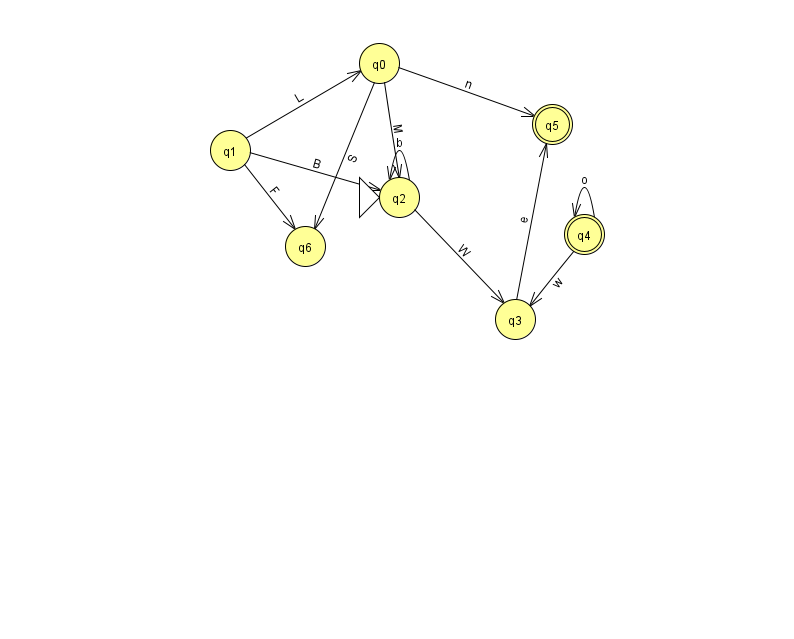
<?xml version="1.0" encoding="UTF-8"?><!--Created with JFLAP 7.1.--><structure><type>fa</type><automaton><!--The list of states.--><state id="0" name="q0"><x>379.0</x><y>50.0</y></state><state id="1" name="q1"><x>230.0</x><y>137.0</y></state><state id="2" name="q2"><x>399.0</x><y>184.0</y><initial/></state><state id="3" name="q3"><x>515.0</x><y>306.0</y></state><state id="4" name="q4"><x>584.0</x><y>221.0</y><final/></state><state id="5" name="q5"><x>552.0</x><y>111.0</y><final/></state><state id="6" name="q6"><x>305.0</x><y>233.0</y></state><!--The list of transitions.--><transition><from>4</from><to>3</to><read>w</read></transition><transition><from>0</from><to>2</to><read>M</read></transition><transition><from>2</from><to>2</to><read>b</read></transition><transition><from>1</from><to>2</to><read>B</read></transition><transition><from>1</from><to>6</to><read>F</read></transition><transition><from>1</from><to>0</to><read>L</read></transition><transition><from>0</from><to>5</to><read>n</read></transition><transition><from>0</from><to>6</to><read>S</read></transition><transition><from>3</from><to>5</to><read>e</read></transition><transition><from>2</from><to>3</to><read>W</read></transition><transition><from>4</from><to>4</to><read>o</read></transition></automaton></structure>